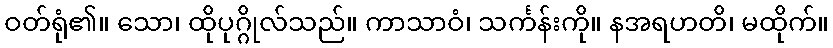
ဝတ်ရုံ၏။ သော၊ ထိုပုဂ္ဂိုလ်သည်။ ကာသာဝံ၊ သင်္ကန်းကို။ နအရဟတိ၊ မထိုက်။